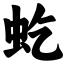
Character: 虼